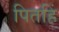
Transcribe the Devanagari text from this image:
पितहिं